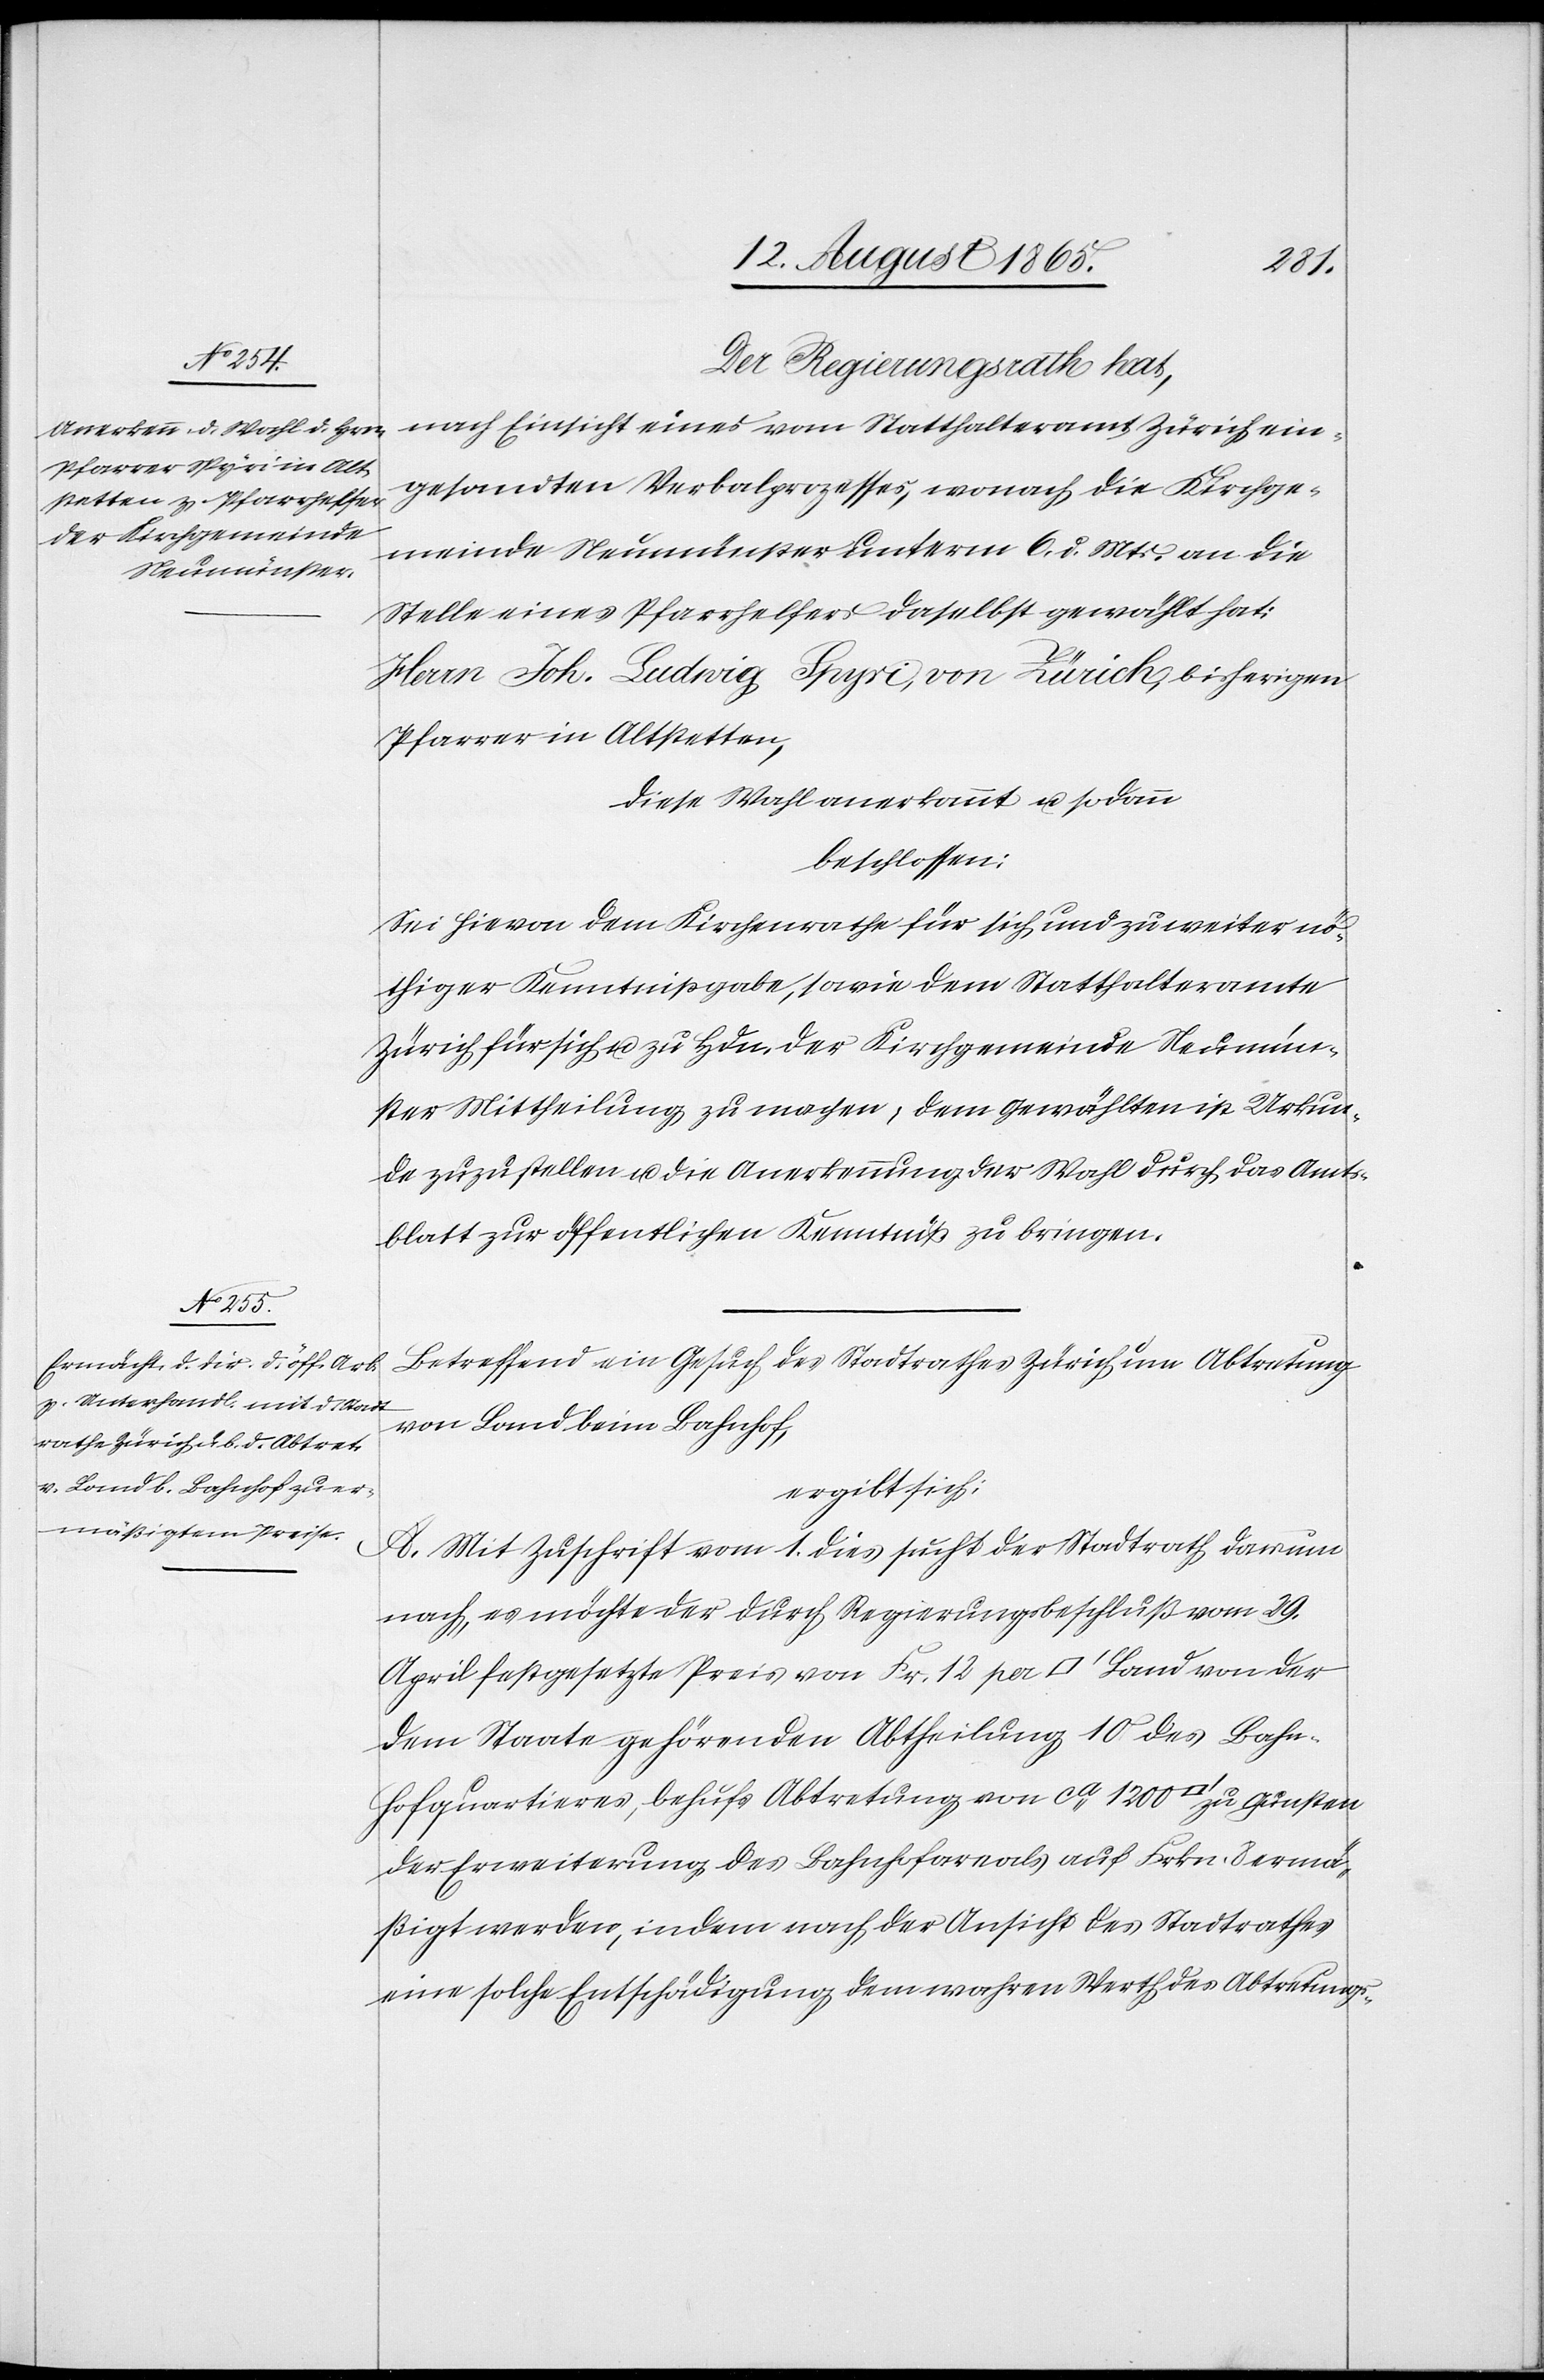
Der Regierungsrath hat,
nach Einsicht eines vom Statthalteramt Zürich ein¬
gesandten Verbalprozesses, wonach die Kirchge¬
meinde Neumünster unterm 6. d. Mts. an die
Stelle eines Pfarrhelfers daselbst gewählt hat:
Herrn Joh. Ludwig Spyri, von Zürich, bisherigen
Pfarrer in Altstetten,
diese Wahl anerkannt u. sodann
beschlossen:
Sei hievon dem Kirchenrathe für sich und zu weiter nö¬
thiger Kenntnißgabe, sowie dem Statthalteramte
Zürich für sich u. zu Hdn. der Kirchgemeinde Neumün¬
ster Mittheilung zu machen, dem Gewählten ist Urkun¬
de zuzustellen u. die Anerkennung der Wahl durch das Amts¬
blatt zur öffentlichen Kenntniß zu bringen.
Betreffend ein Gesuch des Stadtrathes Zürich um Abtretung
von Land beim Bahnhof,
ergibt sich:
A. Mit Zuschrift vom 1. dies sucht der Stadtrath darum
nach, es möchte der durch Regierungsbeschluß vom 29.
April festgesetzte Preis von Fr. 12 per [Quadratfuß] Land von der
dem Staate gehörenden Abtheilung 10 des Bahn¬
hofquartieres, behufs Abtretung von ca 1200 [Quadratfuß] zu Gunsten
der Erweiterung des Bahnhofareals auf Frkn. 8 ermä¬
ßigt werden, indem nach der Ansicht des Stadtrathes
eine solche Entschädigung dem wahren Werth des Abtretungs-